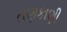
તણકાણી